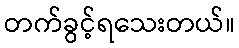
တက်ခွင့်ရသေးတယ်။